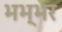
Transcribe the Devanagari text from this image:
भभ्भर